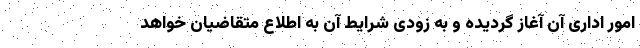
امور اداری آن آغاز گردیده و به زودی شرایط آن به اطلاع متقاضیان خواهد